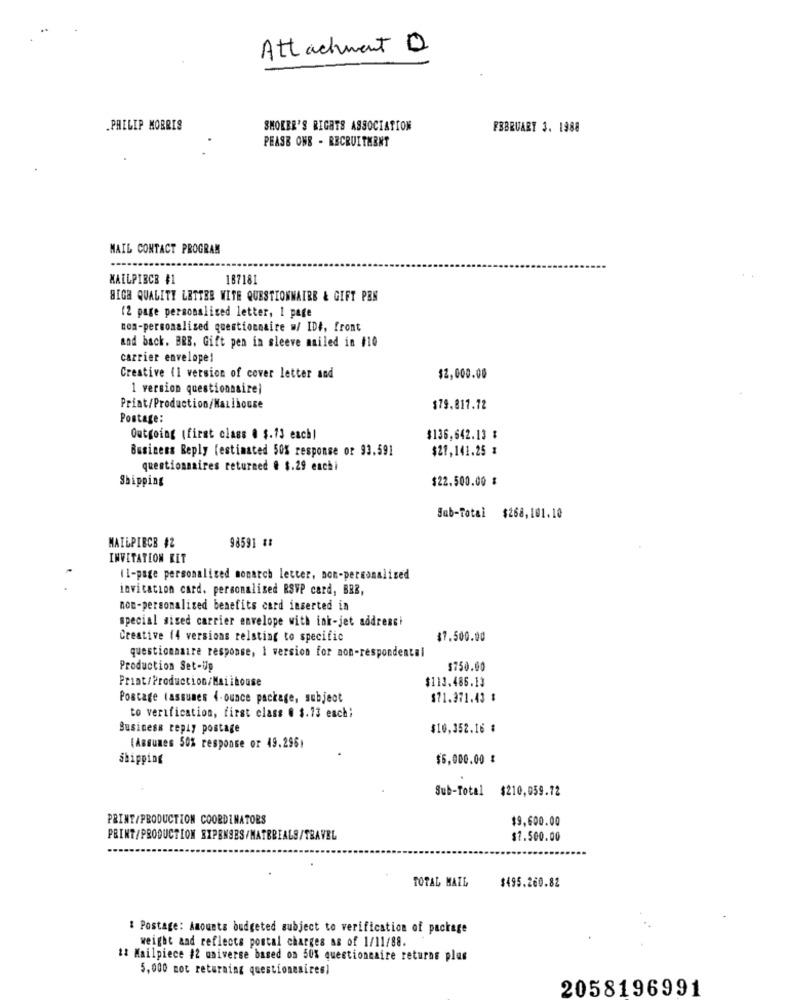
Attachment D
.PHILIP MORRIS
SMOKEE'S RIGHTS ASSOCIATION
FEBRUARY 3. 1988
PEASE ONE - RECRUITMENT
MAIL CONTACT PROGRAM
KAILPIECE #1
187181
HIGH QUALITY LETTER WITH QUESTIONNAIRE & GIFT PEN
(2 page personalized letter, 1 page
non-personalized questionnaire w/ ID#, front
and back. BRB. Gift pen in sleeve mailed in #10
carrier envelope!
Creative (1 version of cover letter and
$2,000.00
1 version questionnaire)
Print/Production/Mailhouse
$79.817.72
Postage:
Outgoing (first class 0 $.75 each)
$136,642.13 %
Business Reply (estimated 50% response or 93.591
$21,141.25 %
questionnaires returned # $.29 eachi
Shipping
$22.500.00 %
Sub-Total $268,101.10
98591 %:
MAILPIECE #2
INVITATION RET
11-page personalized monarch letter, non-personalized
invitation card. personalised RSVP card, BRE,
non-personalized benefits card inserted in
special sised carrier envelope with ink-jet addresci
Creative (4 versions relating to specific
$7.500.00
questionnaire response, 1 version for non-respondental
Production Set-Up
$750.00
Print/Production/Mailhouse
$113.486.13
Postage lassunes 4-ounce package, subject
$71.371.43 $
to verification, first class @ $.73 each;
Business reply postage
$10,352.16 #
(Assumes 50% response or 49.2961
Shipping
$6,000.00 %
Sub-Total $210,059.72
PRINT/PRODUCTION COORDINATORS
$9,600.00
PRINT/PRODUCTION EXPENSES/MATERIALS/TRAVEL
$7.500.00
TOTAL MAIL
$495.260.82
: Postage: Amounts budgeted subject to verification of package
weight and reflects postal charges as of 1/11/88.
## Mailpiece #2 universe based on 50% questionnaire returns plus
5,000 mot returning questioneaires]
2058196991